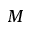
M